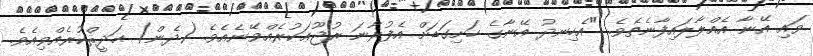
ވައި އޭނާ އެއްލާލައިފާނެތެވެ. "އެހިނދު އޭނާގެ ހަށިގަޑަށް އެފުރާނަ ރުޖޫޢަކުރެއްވޭނެއެވެ. (ދެން) ޙަދީޘްކުރެއްވިއެވެ.